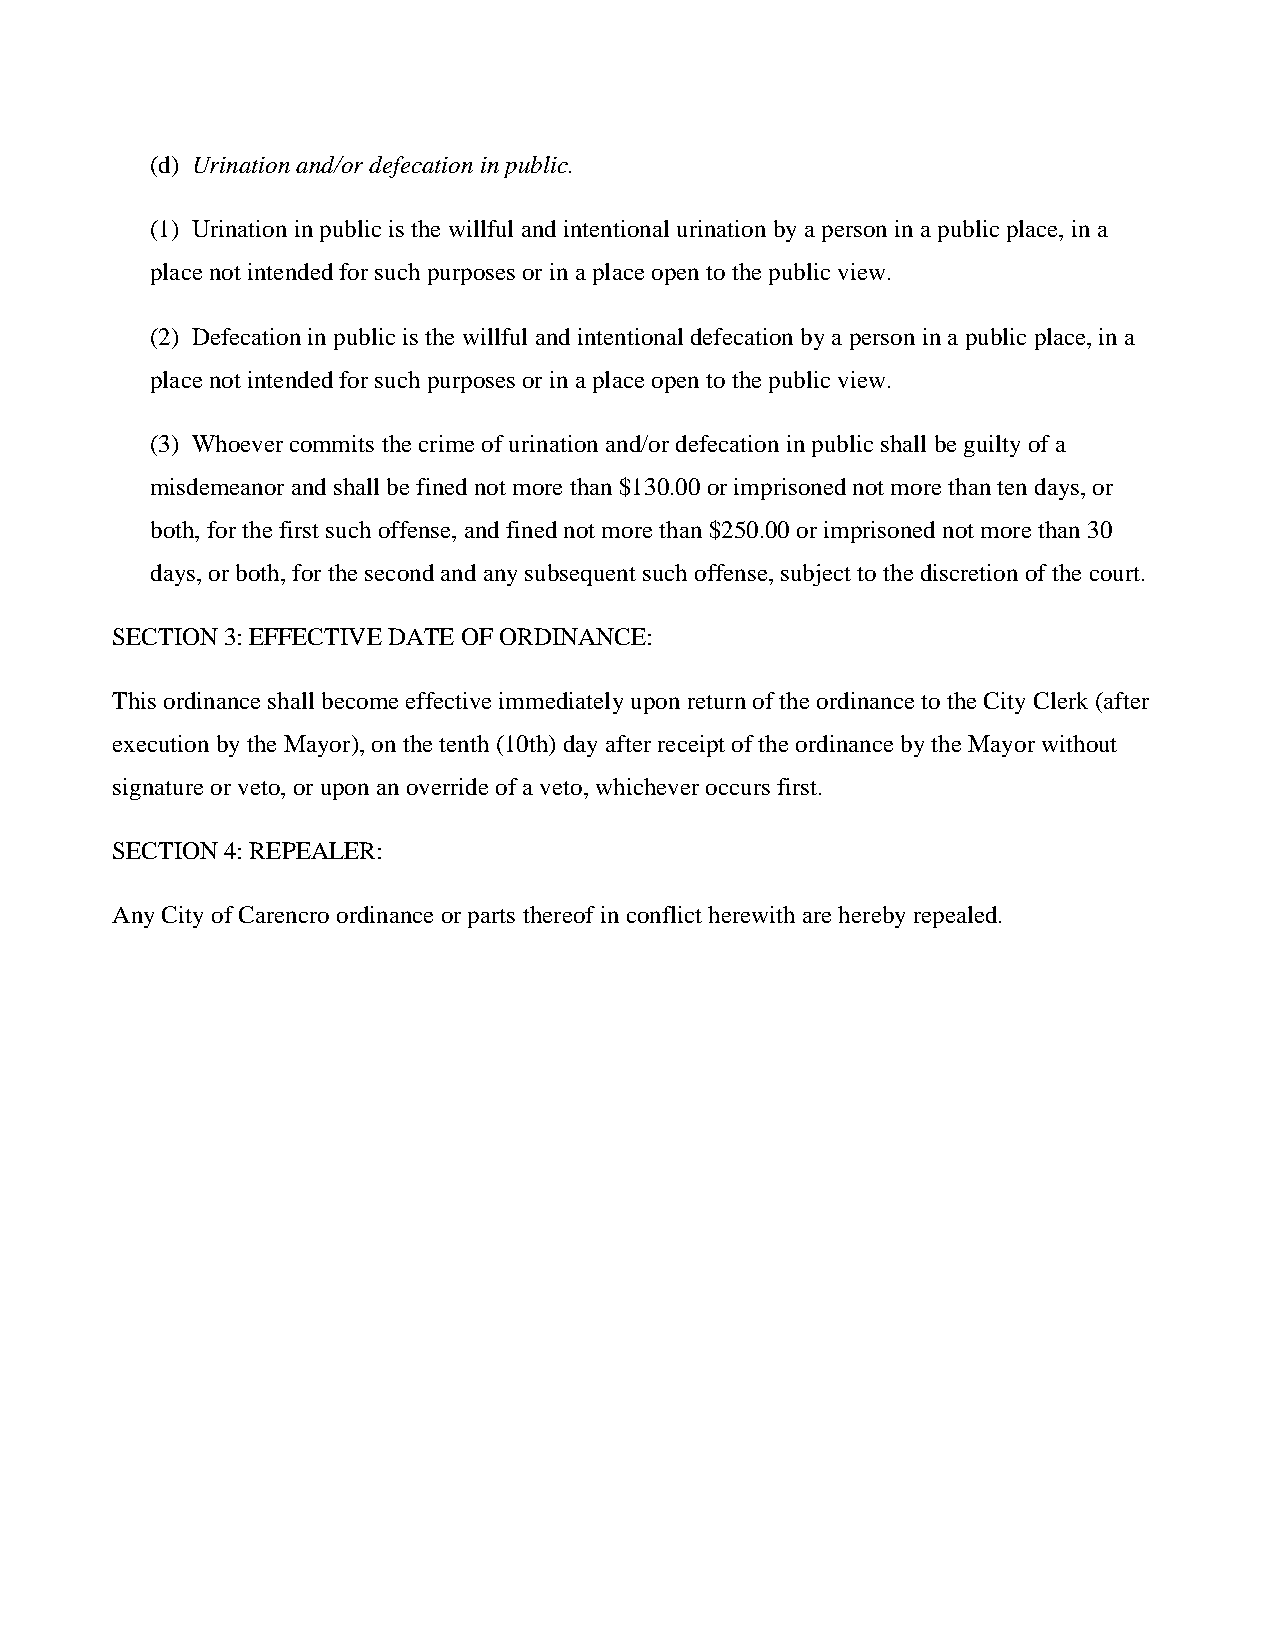
(d) Urination and/or defecation in public.
 (1) Urination in public is the willful and intentional urination by a person in a public place, in a
 place not intended for such purposes or in a place open to the public view.
 (2) Defecation in public is the willful and intentional defecation by a person in a public place, in a
 place not intended for such purposes or in a place open to the public view.
 (3) Whoever commits the crime of urination and/or defecation in public shall be guilty of a
 misdemeanor and shall be fined not more than $130.00 or imprisoned not more than ten days, or
 both, for the first such offense, and fined not more than $250.00 or imprisoned not more than 30
 days, or both, for the second and any subsequent such offense, subject to the discretion of the court.
 SECTION 3: EFFECTIVE DATE OF ORDINANCE:
 This ordinance shall become effective immediately upon return of the ordinance to the City Clerk (after
 execution by the Mayor), on the tenth (10th) day after receipt of the ordinance by the Mayor without
 signature or veto, or upon an override of a veto, whichever occurs first.
 SECTION 4: REPEALER:
 Any City of Carencro ordinance or parts thereof in conflict herewith are hereby repealed.